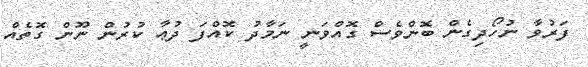
ފަރުވާ ނުހޯދިގެން ބޮންވެސް ގޮއްވަނީ ނަމާދު ކޮއްފަ ދުޢާ ކުރުން ނޫން ގޮތެއް